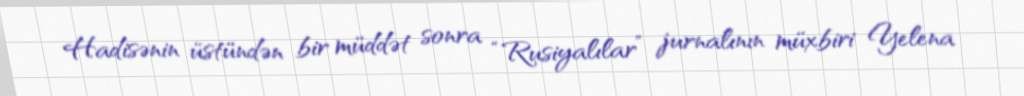
Hadisənin üstündən bir müddət sonra “Rusiyalılar” jurnalının müxbiri Yelena